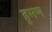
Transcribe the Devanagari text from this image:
हूमण